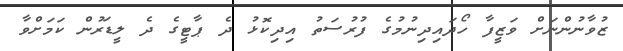
ޒުވާނުންނަށް ވަޒީފާ ހޯދައިދިނުމުގެ ފުރުސަތު އިދިކޮޅު ދެ ޕާޓީގެ ދެ ލީޑަރުން ކަމަށްވާ